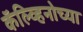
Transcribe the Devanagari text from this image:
कॅल्व्हिनोच्या